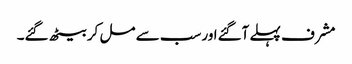
مشرف پہلے آگئےاورسب سے مل کر بیٹھ گئے۔